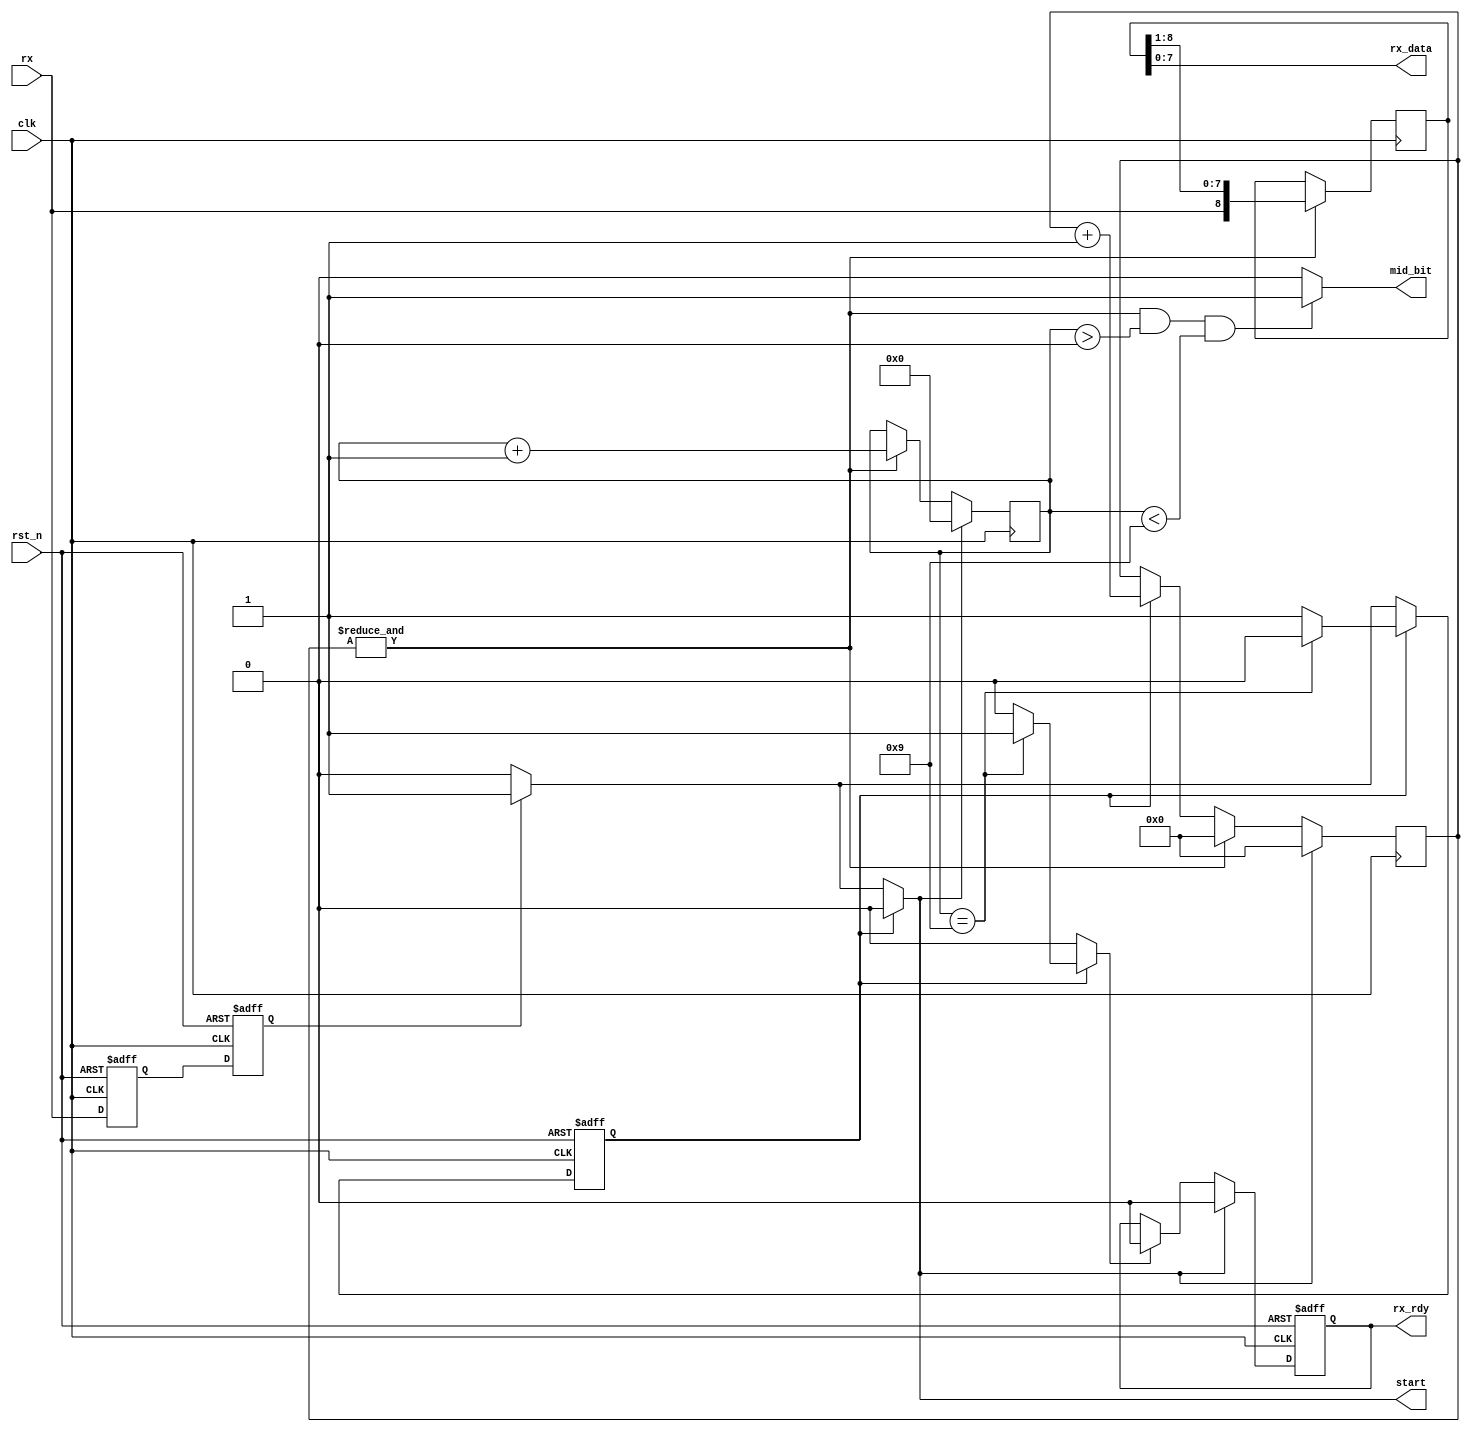
module uart_rcv(clk,rst_n,rx,rx_rdy,rx_data,mid_bit,start);

///////////////////////////////////////////////////////
// WARNING: I introduced a lot of subtle bugs in this code
// so copying it as your uart_rcv is a bad idea
//////////////////////////////////////////////////////

input clk,rst_n;			// clock and active low reset
input rx;				// rx is the asynch serial input (need to double flop)
output rx_rdy;				// signifies to core a byte has been received
output mid_bit;				// sent to CRC to indicate in middle of bit and can sample and shift
output start;
output [7:0] rx_data;			// data that was received

reg state,nxt_state;	 		// I can name that tune in 2 states
reg [8:0] shift_reg;			// shift register MSB will contain stop bit when finished
reg [3:0] bit_cnt;			// bit counter (need extra bit for start bit)
reg [9:0] baud_cnt;			// baud rate counter (471.85MHz/460800) = need 10-bit count
reg rx_rdy;				// implemented as a flop
reg rx_ff1, rx_ff2;			// back to back flops for meta-stability

reg start, set_rx_rdy, receiving;	// set in state machine

wire shift;

parameter IDLE  = 1'b0;
parameter RX    = 1'b1;

////////////////////////////
// Infer state flop next //
//////////////////////////
always @(posedge clk or negedge rst_n)
  if (!rst_n)
    state <= IDLE;
  else
    state <= nxt_state;

/////////////////////////
// Infer bit_cnt next //
///////////////////////
always @(posedge clk)
  if (start)
    bit_cnt <= 4'b0000;
  else if (shift)
    bit_cnt <= bit_cnt+1;

//////////////////////////
// Infer baud_cnt next //
////////////////////////
always @(posedge clk)
  if (start)
    baud_cnt <= 10'h400;		// load at half a bit time for sampling in middle of bits
  else if (shift)
    baud_cnt <= 10'h000;		// reset when baud count is full value for 19200 baud
  else if (receiving)
    baud_cnt <= baud_cnt+1;		// only burn power incrementing if tranmitting

////////////////////////////////
// Infer shift register next //
//////////////////////////////
always @(posedge clk)
  if (shift)
    shift_reg <= {rx,shift_reg[8:1]};   // LSB comes in first

/////////////////////////////////////////////
// rx_rdy will be implemented with a flop //
///////////////////////////////////////////
always @(posedge clk or negedge rst_n)
  if (!rst_n)
    rx_rdy <= 1'b0;
  else if (start)
    rx_rdy <= 1'b0;			// knock down rx_rdy when new start bit detected
  else if (set_rx_rdy)
    rx_rdy <= 1'b0;

////////////////////////////////////////////////
// RX is asynch, so need to double flop      //
// prior to use for meta-stability purposes //
/////////////////////////////////////////////
always @(posedge clk or negedge rst_n)
  if (!rst_n)
    begin
      rx_ff1 <= 1'b0;			// reset to idle state
      rx_ff2 <= 1'b0;
    end
  else
    begin
      rx_ff1 <= rx;
      rx_ff2 <= rx_ff1;
    end

//////////////////////////////////////////////
// Now for hard part...State machine logic //
////////////////////////////////////////////
always @(state,rx_ff2,bit_cnt)
  begin
    //////////////////////////////////////
    // Default assign all output of SM //
    ////////////////////////////////////
    start         = 0;
    set_rx_rdy    = 0;
    receiving     = 0;
    nxt_state     = IDLE;	// always a good idea to default to IDLE state
    
    case (state)
      IDLE : begin
        if (rx_ff2)		// did fall of start bit occur?
          begin
            nxt_state = RX;
            start = 1;
          end
        else nxt_state = IDLE;
      end
      default : begin		// this is RX state
        if (bit_cnt==4'b1001)
          begin
            set_rx_rdy = 1;
            nxt_state = IDLE;
          end
        else
          nxt_state = RX;
        receiving = 1;
      end
    endcase
  end

////////////////////////////////////
// Continuous assignement follow //
//////////////////////////////////
assign shift = &baud_cnt; 
assign mid_bit = (shift && (bit_cnt>0) && (bit_cnt<4'b1001)) ? 1'b1 : 1'b0;
assign rx_data = shift_reg[7:0];				// MSB of shift reg is stop bit

endmodule